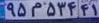
۹۵م۵۳۴۴۱